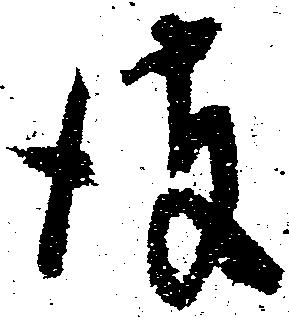
彼